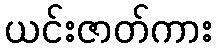
ယင်းဇာတ်ကား